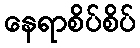
နေရာစိပ်စိပ်